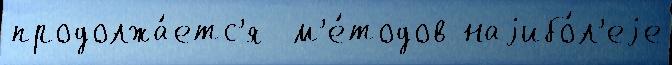
продолжа́етс'я  м'е́тодов наjибо́л'еjе